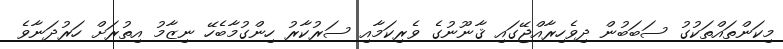
މިކަންތައްތަކުގު ސަބަބުން ދިވެހިރާއްޖޭގައި ޤާނޫނުގެ ވެރިކަމާއި ސަރުކާރު ހިންގުމާބެހޭ ނިޒާމު އިތުރަށް ހަރުދަނާވެ